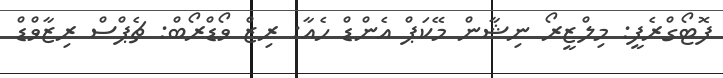
ފޮޓޯގްރެފީ: މިލްޒީރޯ ނިޝާން މޭކަޕް އެންޑް ހެއާ: ރިޒް ވޯޑްރޯބް: ޗެޕްސް ރިޒާވްޑް